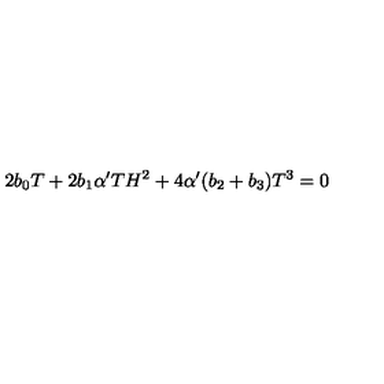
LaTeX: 2 b _ { 0 } T + 2 b _ { 1 } \alpha ^ { \prime } T H ^ { 2 } + 4 \alpha ^ { \prime } ( b _ { 2 } + b _ { 3 } ) T ^ { 3 } = 0